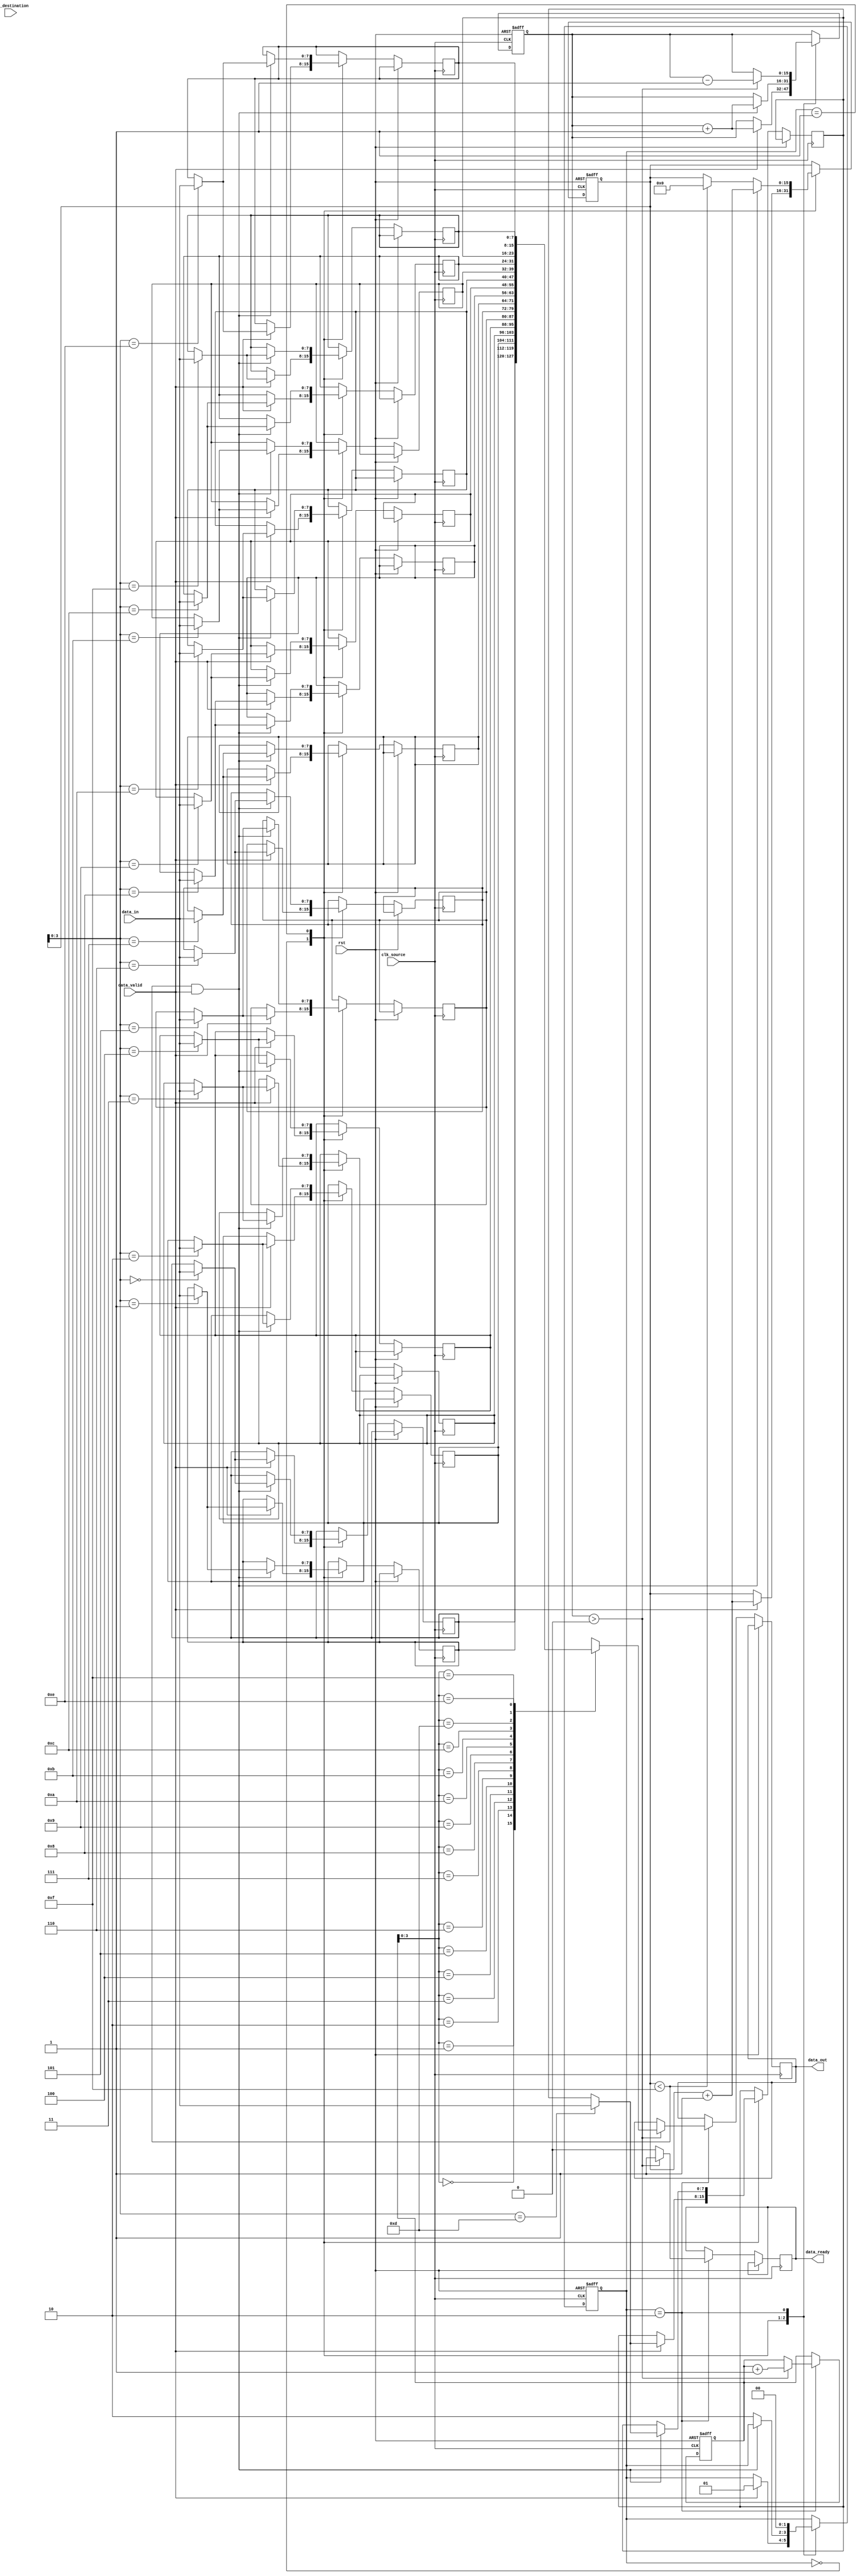
module burst_synchronizer (
    input  wire         clk_source,      // Source clock
    input  wire         clk_destination, // Destination clock
    input  wire         rst,             // Reset input
    input  wire         data_valid,      // Data valid signal from source domain
    input  wire  [DATA_WIDTH-1:0] data_in,        // Input data from source domain

    output reg          data_ready,      // Data ready signal to destination domain
    output reg  [DATA_WIDTH-1:0] data_out        // Output data to destination domain
);

// Parameters
parameter DATA_WIDTH = 8; // Data width of input and output signals
parameter FIFO_DEPTH = 16; // Depth of FIFO buffer

// Internal signals
reg  [DATA_WIDTH-1:0] fifo [0:FIFO_DEPTH-1]; // FIFO buffer
reg  [FIFO_DEPTH-1:0] read_ptr, write_ptr;    // Read and write pointers for FIFO buffer
reg  [FIFO_DEPTH-1:0] count;                   // Number of valid entries in FIFO buffer
reg  [1:0] state;                              // State machine state

always @(posedge clk_source or posedge rst) begin
    if (rst) begin
        state <= 0;
        read_ptr <= 0;
        write_ptr <= 0;
        count <= 0;
    end else begin
        case (state)
            0: begin // Idle state
                if (data_valid) begin
                    fifo[write_ptr] <= data_in;
                    write_ptr <= write_ptr + 1;
                    count <= count + 1;
                    state <= 1;
                end
            end

            1: begin // Transfer data to FIFO
                if (write_ptr < FIFO_DEPTH-1 && data_valid) begin
                    fifo[write_ptr] <= data_in;
                    write_ptr <= write_ptr + 1;
                    count <= count + 1;
                end else if (write_ptr < FIFO_DEPTH-1) begin
                    state <= 2;
                    write_ptr <= 0;
                end else begin
                    state <= 2;
                end
            end

            2: begin // Transfer data from FIFO to destination
                if (count > 0) begin
                    data_out <= fifo[read_ptr];
                    data_ready <= 1;
                    read_ptr <= read_ptr + 1;
                    count <= count - 1;
                    state <= 0;
                end else begin
                    data_ready <= 0;
                    state <= 0;
                end
            end
        endcase
    end
end

endmodule